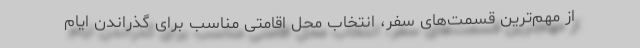
از مهم‌ترین‌ قسمت‌های سفر، انتخاب محل اقامتی مناسب برای گذراندن ایام